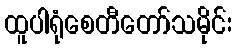
ထူပါရုံစေတီတော်သမိုင်း